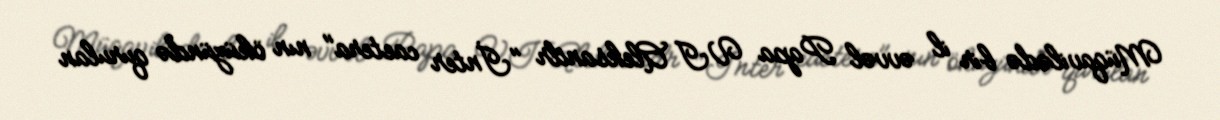
Müqavilədə bir il əvvəl Papa VI Aleksandr "İnter caetera" nın öküzündə qurulan